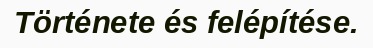
Története és felépítése.